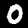
Label: 0